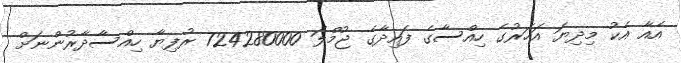
އެއާ އެކު މިދިޔަ އަހަރުގެ ހިއްސާގެ ފައިދާގެ ޖުމްލަ 724280000 ރުފިޔާ ހިއްސާދާރުންނަށް